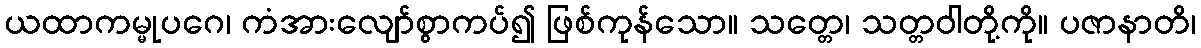
ယထာကမ္မုပဂေ၊ ကံအားလျော်စွာကပ်၍ ဖြစ်ကုန်သော။ သတ္တေ၊ သတ္တဝါတို့ကို။ ပဇာနာတိ၊